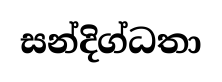
සන්දිග්ධතා